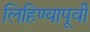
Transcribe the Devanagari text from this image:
लिहिण्‍यापूर्वी